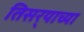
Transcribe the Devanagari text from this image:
तिसर्‍याच्या